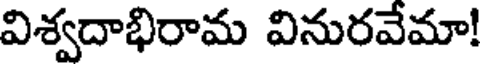
విశ్వదాభిరామ వినురవేమా!